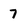
Character: 7